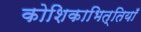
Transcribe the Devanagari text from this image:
कोशिकाभित्तियाँ